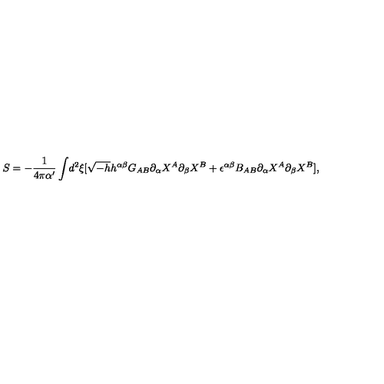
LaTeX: S = - \frac { 1 } { 4 \pi \alpha ^ { \prime } } \int \! d ^ { 2 } \xi [ \sqrt { - h } h ^ { \alpha \beta } G _ { A B } { \partial _ { \alpha } } X ^ { A } { \partial _ { \beta } } X ^ { B } + \epsilon ^ { \alpha \beta } B _ { A B } { \partial _ { \alpha } } { X ^ { A } } { \partial _ { \beta } } { X ^ { B } } ] ,